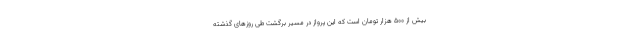
بیش از ۵۰۰ هزار تومان است که این پرواز در مسیر برگشت طی روزهای گذشته